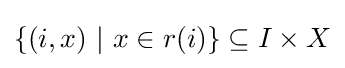
\{(i,x)~|~x\in r(i)\}\subseteq I\times X